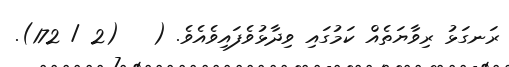
ރަނގަޅު ރިވާޔަތެއް ކަމުގައި ވިދާޅުވެފައިވެއެވެ. (   (2 / 172).